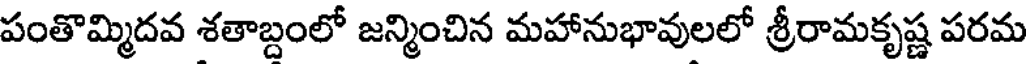
పంతొమ్మిదవ శతాబ్దంలో జన్మించిన మహానుభావులలో శ్రీరామకృష్ణ పరమ